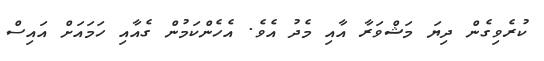
ކުރެވިގެން ދިޔަ މަޝްވަރާ އާއި މެދު އެވެ. އެހެންކަމުން ގެއާއި ހަމައަށް އައިސް